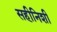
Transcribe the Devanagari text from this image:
सहीनिशी